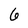
Character: 6